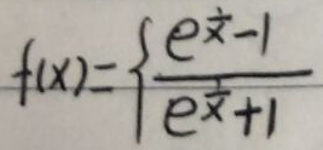
$f(x)=\frac{e^x-1}{e^x+1}$